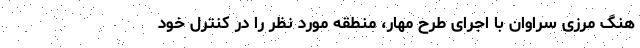
هنگ مرزی سراوان با اجرای طرح مهار، منطقه مورد نظر را در کنترل خود